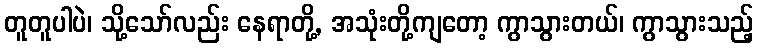
တူတူပါပဲ၊ သို့သော်လည်း နေရာတို့, အသုံးတို့ကျတော့ ကွာသွားတယ်၊ ကွာသွားသည့်